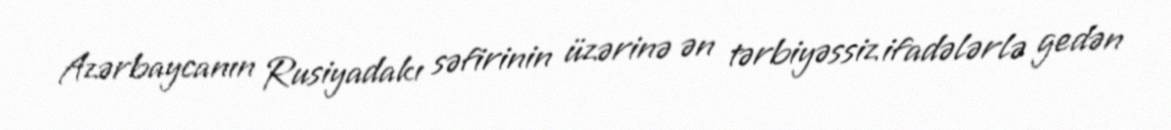
Azərbaycanın Rusiyadakı səfirinin üzərinə ən tərbiyəssiz ifadələrlə gedən